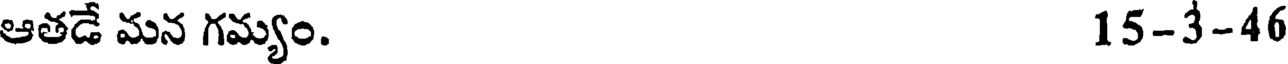
ఆతడే మన గమ్యం. 15-3-46